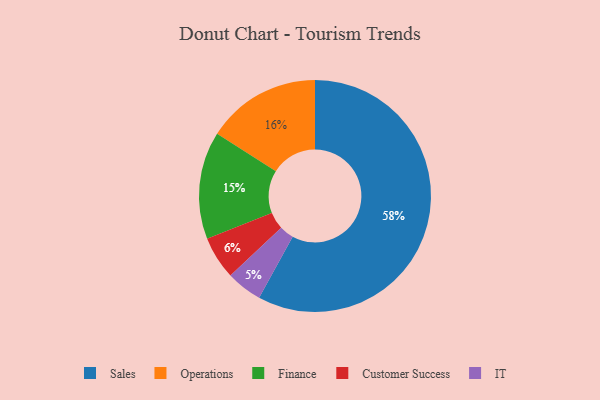
{"axis": {"x": "Category", "y": "Percentage"}, "legend": ["Customer Success", "Finance", "IT", "Operations", "Sales"], "data": [{"x": "IT", "y": 5, "type": "IT"}, {"x": "Finance", "y": 15, "type": "Finance"}, {"x": "Operations", "y": 16, "type": "Operations"}, {"x": "Customer Success", "y": 6, "type": "Customer Success"}, {"x": "Sales", "y": 58, "type": "Sales"}]}